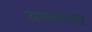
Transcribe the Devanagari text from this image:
अमृतबजार